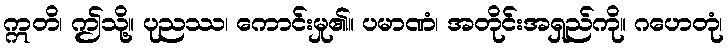
ဣတိ၊ ဤသို့။ ပုညဿ၊ ကောင်းမှု၏။ ပမာဏံ၊ အတိုင်းအရှည်ကို။ ဂဟေတုံ၊